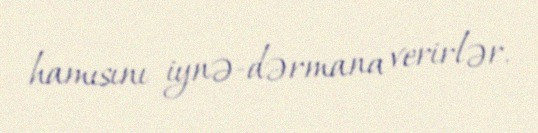
hamısını iynə-dərmana verirlər.